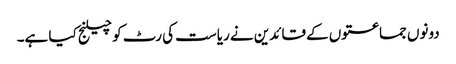
دونوں جماعتوں کے قائدین نے ریاست کی رٹ کو چیلنج کیا ہے۔